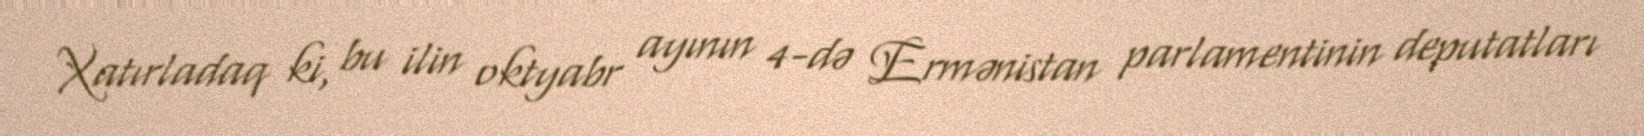
Xatırladaq ki, bu ilin oktyabr ayının 4-də Ermənistan parlamentinin deputatları